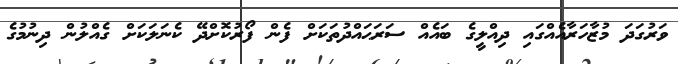
ވަރުގަދަ މުޒާހަރާއެއްގައި ދިއްލީގެ ބައެއް ސަރަޙައްދުތަކަށް ފެން ފޯރުކޮށްދޭ ކެނަލަކަށް ގެއްލުން ދިނުމުގެ